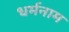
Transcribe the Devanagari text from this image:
धर्मनाम